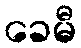
ခေမီ